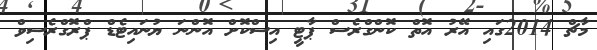
މާޗް 2014ގައި އޭރު އޮތް ކޮންގްރެސް ޕާޓީ އިސްކޮށް އޮންނަ ޔުނައިޓެޑް ޕްރޮގްރެސިވް